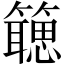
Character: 𬕻